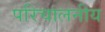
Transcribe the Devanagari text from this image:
परिचालनीय